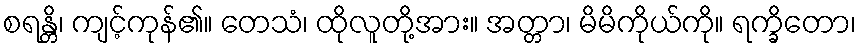
စရန္တိ၊ ကျင့်ကုန်၏။ တေသံ၊ ထိုလူတို့အား။ အတ္တာ၊ မိမိကိုယ်ကို။ ရက္ခိတော၊